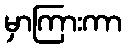
မှာကြားကာ